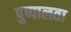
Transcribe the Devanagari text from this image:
पुष्पालता